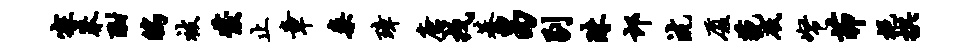
寐莽酣鸱被发止章案璋唐戎綦曷剔珠邙沆厦藐砥帑茆挹拱